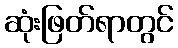
ဆုံးဖြတ်ရာတွင်